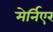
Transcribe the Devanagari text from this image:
मेर्निएर